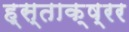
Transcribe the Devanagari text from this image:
ह्स्ताक्ष्रर